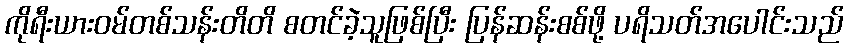
ကိုရီးယားဝမ်တစ်သန်းတိတိ စတင်ခဲ့သူဖြစ်ပြီး ပြန်ဆန်းစစ်ဖို့ ပရိသတ်အပေါင်းသည်